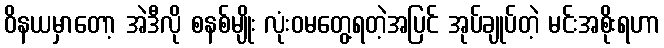
ဝိနယမှာတော့ အဲဒီလို စနစ်မျိုး လုံးဝမတွေ့ရတဲ့အပြင် အုပ်ချုပ်တဲ့ မင်းအစိုးရဟာ